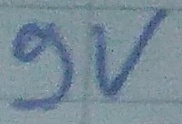
Text: 9v